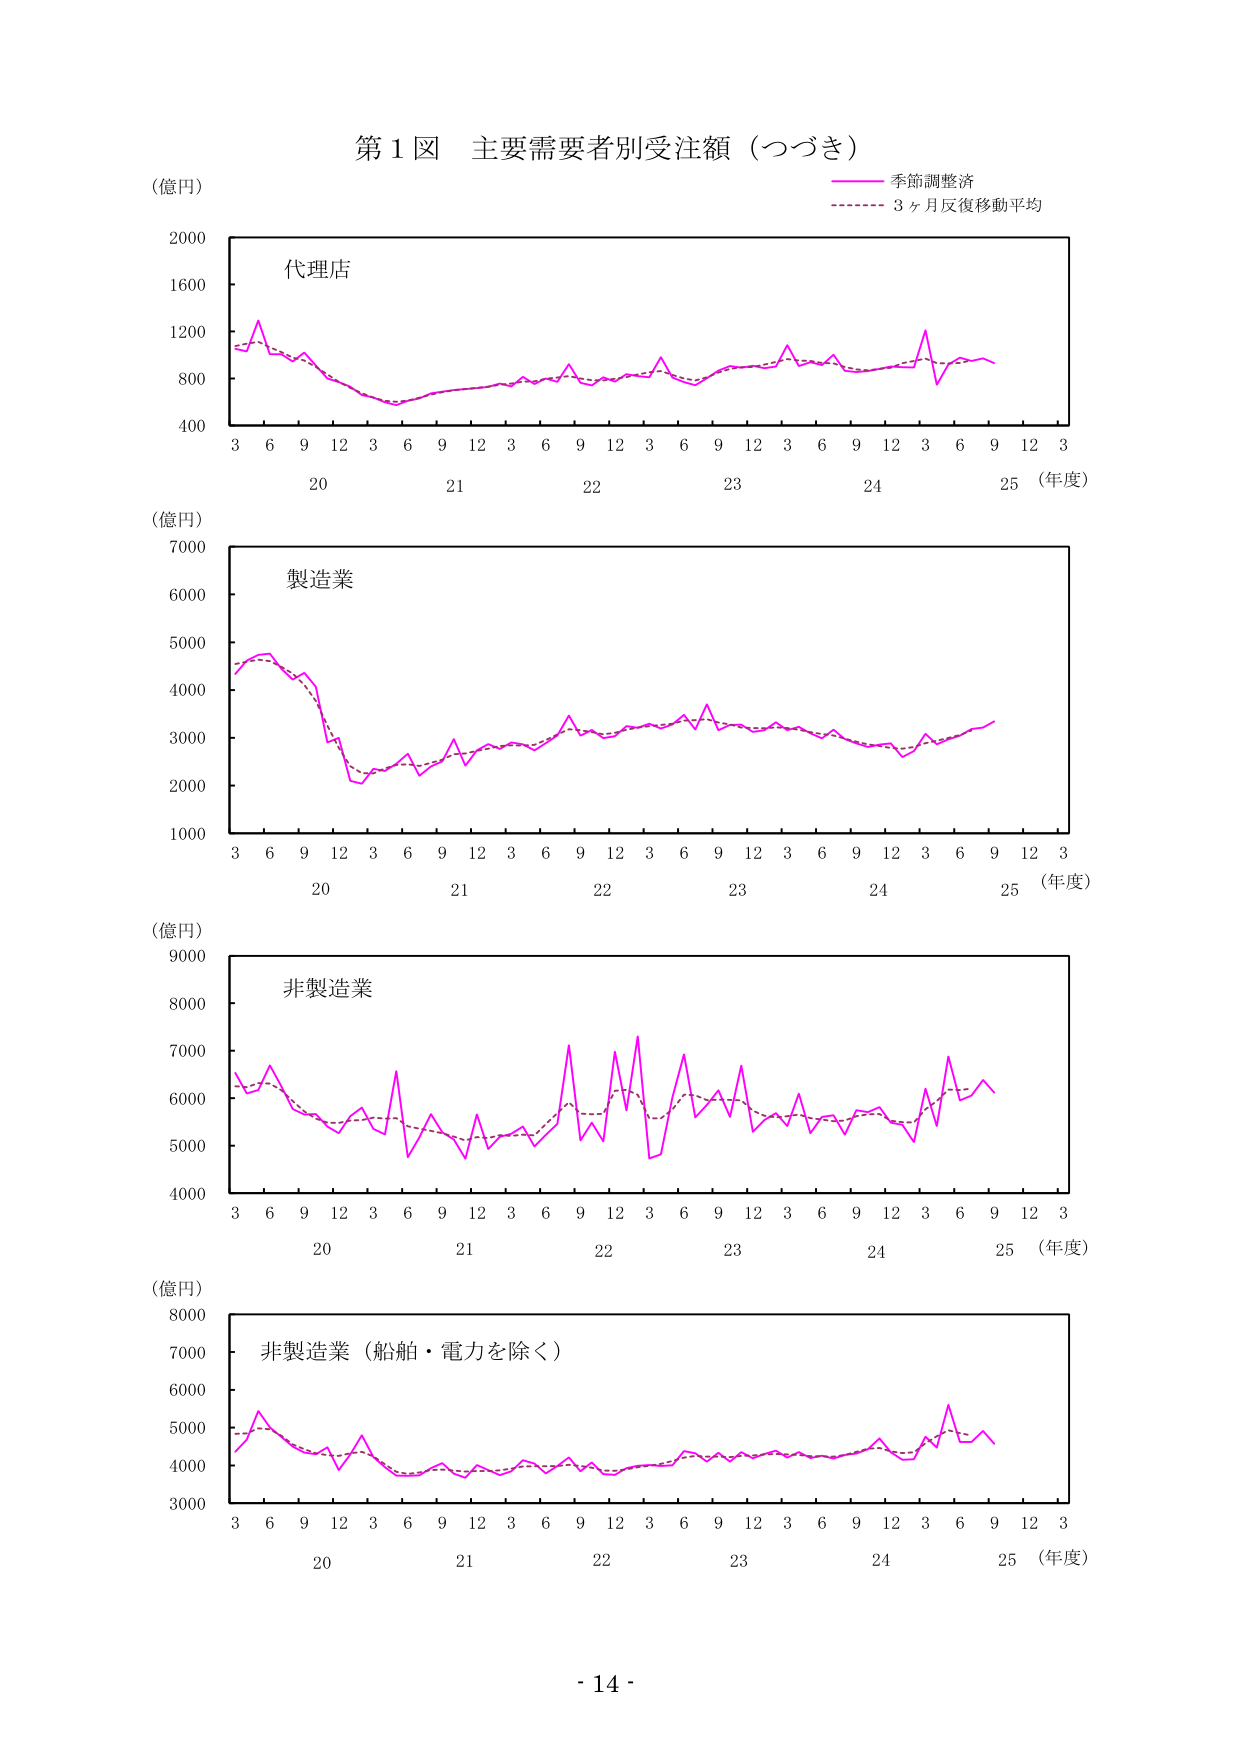
第１図 主要需要者別受注額（つづき）
（億円）
季節調整済
3ヶ月反復移動平均
代理店
20 21 22 23 24 25（年度）
3 6 9 12 3 6 9 12 3 6 9 12 3 6 9 12 3 6 9 12 3
（億円）
製造業
20 21 22 23 24 25（年度）
3 6 9 12 3 6 9 12 3 6 9 12 3 6 9 12 3 6 9 12 3
（億円）
非製造業
20 21 22 23 24 25（年度）
3 6 9 12 3 6 9 12 3 6 9 12 3 6 9 12 3 6 9 12 3
（億円）
非製造業（船舶・電力を除く）
20 21 22 23 24 25（年度）
3 6 9 12 3 6 9 12 3 6 9 12 3 6 9 12 3 6 9 12 3
- 14 -